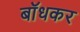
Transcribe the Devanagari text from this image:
बाॅधकर